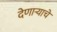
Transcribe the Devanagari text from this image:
देणाऱ्याचे